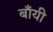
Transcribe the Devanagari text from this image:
बॉंयी